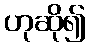
ဟုဆို၍